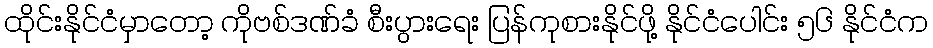
ထိုင်းနိုင်ငံမှာတော့ ကိုဗစ်ဒဏ်ခံ စီးပွားရေး ပြန်ကုစားနိုင်ဖို့ နိုင်ငံပေါင်း ၅၆ နိုင်ငံက